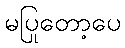
မပြုတော့ပေ